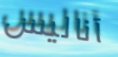
آناليس